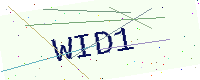
Text: WID1